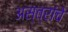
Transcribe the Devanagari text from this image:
अस्त्रांचे